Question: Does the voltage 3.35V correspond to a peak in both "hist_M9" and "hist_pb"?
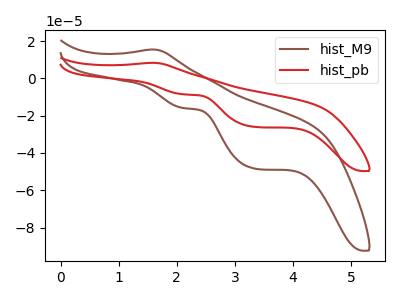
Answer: <think>The brown curve "hist_M9" has an anodic peak at (1.60V, 15.45uA) and cathodic peaks at (2.10V, -15.95uA) (3.35V, -48.45uA). The red curve "hist_pb" has an anodic peak at (1.60V, 8.30uA) and cathodic peaks at (2.10V, -8.55uA) (3.35V, -26.05uA).</think>
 <answer>Yes, "hist_M9" and "hist_pb" share a peak at 3.35V.</answer>
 <eval>match</eval>